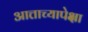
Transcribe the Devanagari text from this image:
आत्ताच्यापेक्षा